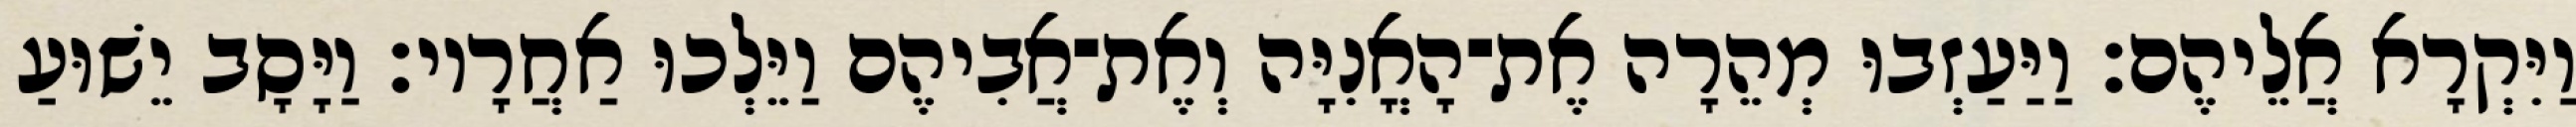
וַיִּקְרָא אֲלֵיהֶם׃ וַיַּעַזְבוּ מְהֵרָה אֶת־הָאֳנִיָּה וְאֶת־אֲבִיהֶם וַיֵּלְכוּ אַחֲרָיו׃ וַיָּסָב יֵשׁוּעַ